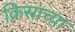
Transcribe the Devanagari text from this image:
क्रिसाच्या